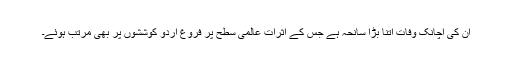
ان کی اچانک وفات اتنا بڑا سانحہ ہے جس کے اثرات عالمی سطح پر فروغ اردو کوششوں پر بھی مرتب ہوئے۔